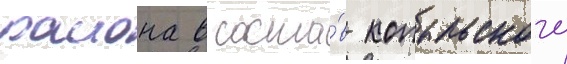
раиона в соста́в копыльского